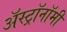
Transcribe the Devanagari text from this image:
अॅस्ट्रॉनॉमी